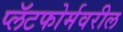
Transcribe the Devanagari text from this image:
प्लॅटफोर्मवरील